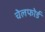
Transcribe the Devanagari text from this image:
चेलफोर्ड